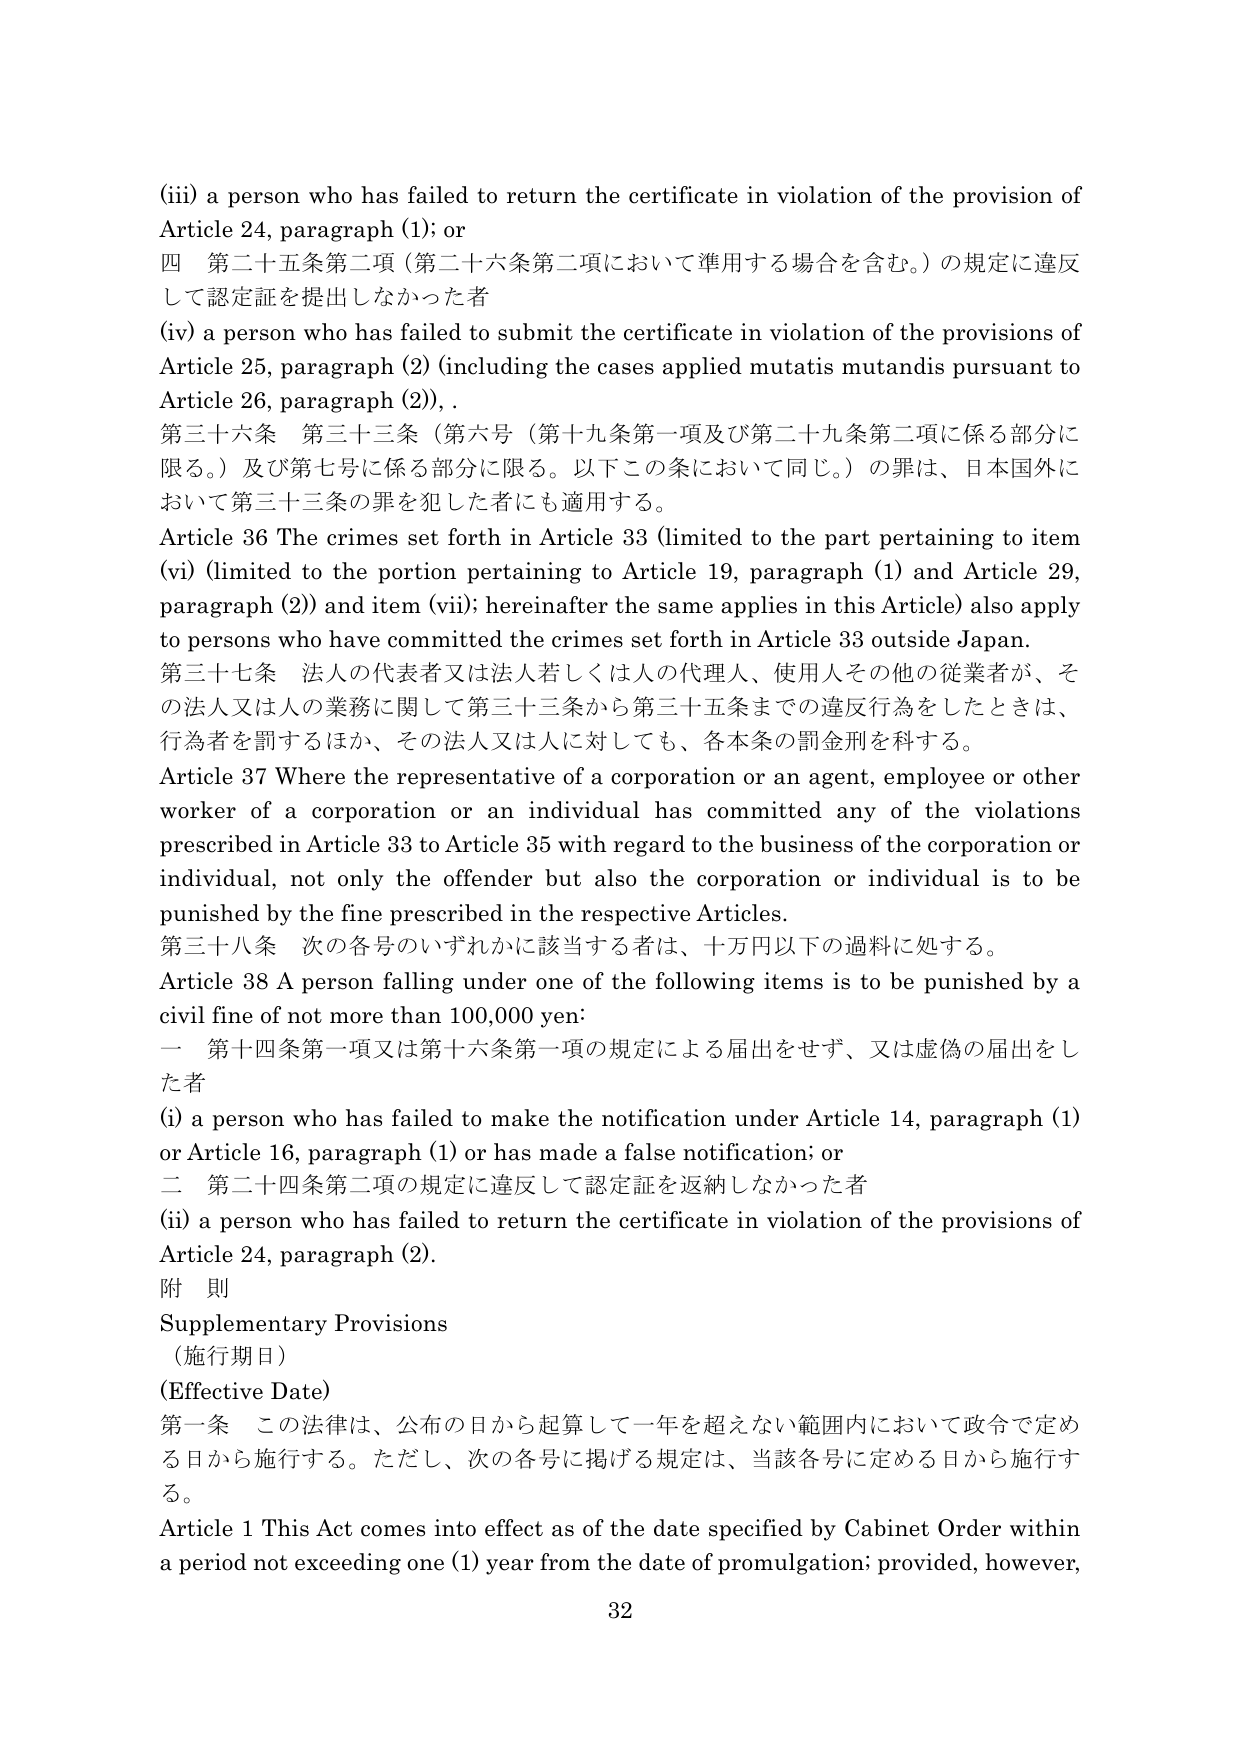
(iii) a person who has failed to return the certificate in violation of the provision of Article 24, paragraph (1); or
四 第二十五条第二項（第二十六条第二項において準用する場合を含む。）の規定に違反して認定証を提出しなかった者
(iv) a person who has failed to submit the certificate in violation of the provisions of Article 25, paragraph (2) (including the cases applied mutatis mutandis pursuant to Article 26, paragraph (2)),.
第三十六条 第三十三条（第六号（第十九条第一項及び第二十九条第二項に係る部分に限る。）及び第七号に係る部分に限る。以下この条において同じ。）の罪は、日本国外において第三十三条の罪を犯した者にも適用する。
Article 36 The crimes set forth in Article 33 (limited to the part pertaining to item (vi) (limited to the portion pertaining to Article 19, paragraph (1) and Article 29, paragraph (2)) and item (vii); hereinafter the same applies in this Article) also apply to persons who have committed the crimes set forth in Article 33 outside Japan.
第三十七条 法人の代表者又は法人若しくは人の代理人、使用人その他の従業者が、その法人又は人の業務に関して第三十三条から第三十五条までの違反行為をしたときは、行為者を罰するほか、その法人又は人に対しても、各本条の罰金刑を科する。
Article 37 Where the representative of a corporation or an agent, employee or other worker of a corporation or an individual has committed any of the violations prescribed in Article 33 to Article 35 with regard to the business of the corporation or individual, not only the offender but also the corporation or individual is to be punished by the fine prescribed in the respective Articles.
第三十八条 次の各号のいずれかに該当する者は、十万円以下の過料に処する。
Article 38 A person falling under one of the following items is to be punished by a civil fine of not more than 100,000 yen:
一 第十四条第一項又は第十六条第一項の規定による届出をせず、又は虚偽の届出をした者
(i) a person who has failed to make the notification under Article 14, paragraph (1) or Article 16, paragraph (1) or has made a false notification; or
二 第二十四条第二項の規定に違反して認定証を返納しなかった者
(ii) a person who has failed to return the certificate in violation of the provisions of Article 24, paragraph (2).
附 則
Supplementary Provisions
（施行期日）
(Effective Date)
第一条 この法律は、公布の日から起算して一年を超えない範囲内において政令で定める日から施行する。ただし、次の各号に掲げる規定は、当該各号に定める日から施行する。
Article 1 This Act comes into effect as of the date specified by Cabinet Order within a period not exceeding one (1) year from the date of promulgation; provided, however,
32